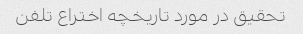
تحقیق در مورد تاریخچه اختراع تلفن